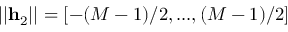
| | \mathbf { h } _ { 2 } | | = [ - ( M - 1 ) / 2 , . . . , ( M - 1 ) / 2 ]